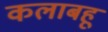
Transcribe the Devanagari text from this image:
कलाबहू